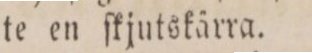
te en ſkjutskärra.